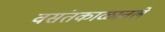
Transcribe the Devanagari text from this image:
वसंतकाळातले